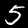
Label: 5